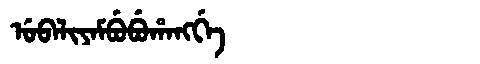
Manchu: ᡠᠪᠠᠯᡳᠶᠠᠮᠪᡠᠪᡠᡥᠠᠩᡤᡝ
Romanization: UBALIYAMBUBUHANGGE